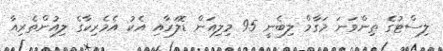
ލިސްޓުގެ ތިންވަނަ މަގާމް ލިބެނީ 95 މިލިއަން ޑޮލަރާއި އެކު އެމެރިކާގެ ލިއުންތެރިއާ